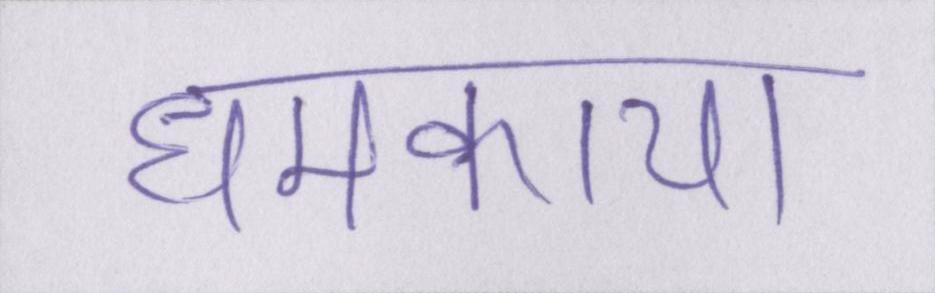
धमकाया